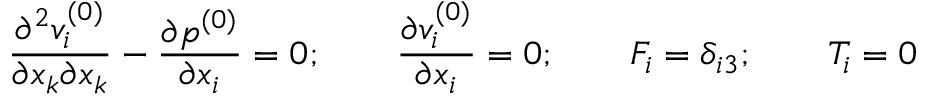
\frac { \partial ^ { 2 } v _ { i } ^ { ( 0 ) } } { \partial x _ { k } \partial x _ { k } } - \frac { \partial p ^ { ( 0 ) } } { \partial x _ { i } } = 0 ; \qquad \frac { \partial v _ { i } ^ { ( 0 ) } } { \partial x _ { i } } = 0 ; \qquad F _ { i } = \delta _ { i 3 } ; \qquad T _ { i } = 0